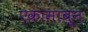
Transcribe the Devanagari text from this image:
एकामाबून